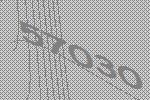
57030